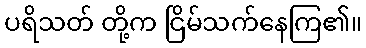
ပရိသတ် တို့က ငြိမ်သက်နေကြ၏။